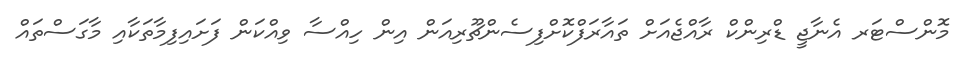
މޮންސްޓަރ އެނާޖީ ޑްރިންކް ރާއްޖެއަށް ތައާރަފްކޮށްފިސެންޗޫރިއަން އިން ހިއްސާ ވިއްކަން ފަށައިފިމާތަކާއި މާގަސްތައް